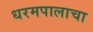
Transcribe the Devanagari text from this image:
धरमपालाचा